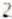
2